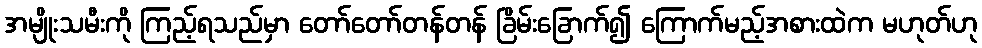
အမျိုးသမီးကို ကြည့်ရသည်မှာ တော်တော်တန်တန် ခြိမ်းခြောက်၍ ကြောက်မည့်အစားထဲက မဟုတ်ဟု